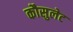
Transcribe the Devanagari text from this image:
कौसुलेट